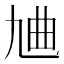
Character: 𪜔